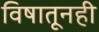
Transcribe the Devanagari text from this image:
विषातूनही